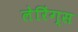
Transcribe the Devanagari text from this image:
लेरिंग्स